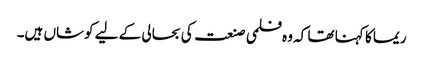
ریما کا کہنا تھا کہ وہ فلمی صنعت کی بحالی کے لیے کوشاں ہیں۔